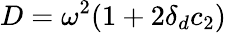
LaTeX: D=\omega^{2}(1+2\delta_{d}c_{2})